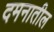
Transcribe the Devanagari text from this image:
दमनातील